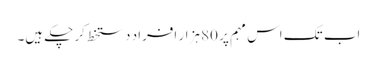
اب تک اس مہم پر 80 ہزار افراد دستخط کر چکے ہیں۔